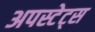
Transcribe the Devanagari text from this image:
अपस्टेट्स